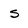
Character: s